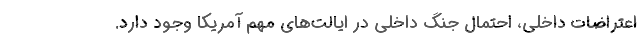
اعتراضات داخلی، احتمال جنگ داخلی در ایالت‌های مهم آمریکا وجود دارد.